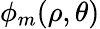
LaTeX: \phi_{m}(\rho,\theta)